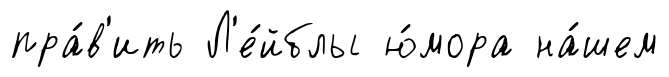
пра́в'ить Л'е́йблы ю́мора на́шем